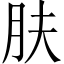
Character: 肤